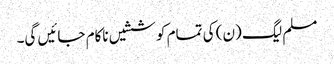
مسلم لیگ (ن) کی تمام کوششیں ناکام جائیں گی۔